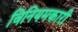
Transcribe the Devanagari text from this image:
विनियमकारी